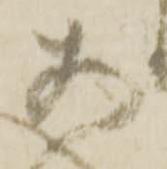
お